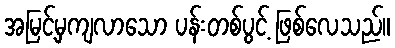
အမြင့်မှကျလာသော ပန်းတစ်ပွင့် ဖြစ်လေသည်။